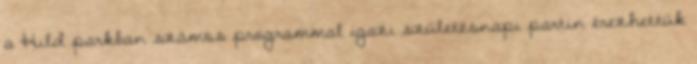
a Hild parkban számos programmal igazi születésnapi partin érezhettük